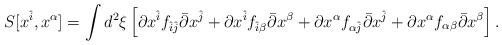
\begin{align*}S[x^{\hat{i}},x^{\alpha}]=\int d^{2}\xi\left[\partial x^{\hat{i}}f_{\hat{i}\hat{j}}\bar{\partial}x^{\hat{j}}+\partial x^{\hat{i}}f_{\hat{i}\beta}\bar{\partial}x^{\beta}+\partial x^{\alpha}f_{\alpha\hat{j}}\bar{\partial}x^{\hat{j}}+\partial x^{\alpha}f_{\alpha\beta}\bar{\partial}x^{\beta}\right].\end{align*}